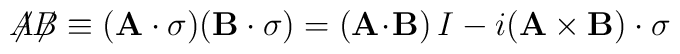
{\not\!\! A}{\not\!\! B}  \equiv ({\bf A \cdot \sigma})({\bf B \cdot \sigma}) = ({\bf A}\!\cdot\!{\bf B})\,I - i({\bf A \times B )\cdot \sigma}